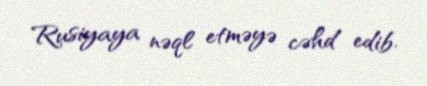
Rusiyaya nəql etməyə cəhd edib.